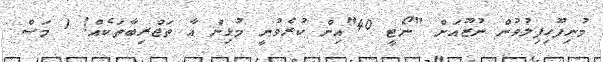
މުނިފޫހިފިލުވުން ނުޒޫއަށް "ނޯޓީ 40"އިން ކުރެވުނީ މުޅިން އާ ތަޖްރިބާތަކެއް! 1 މަސް